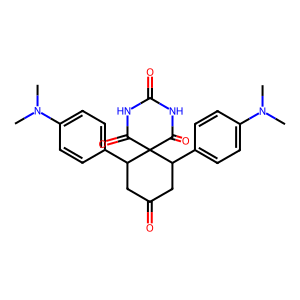
SMILES: CN(C)c1ccc(C2CC(=O)CC(c3ccc(N(C)C)cc3)C23C(=O)NC(=O)NC3=O)cc1
Inhibits HIV replication: No